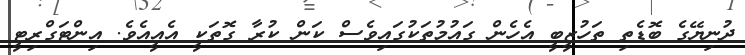
ދުނިޔޭގެ ބޮޑެތި ތަހުޒީބީ އެހެން ގައުމުތަކުގައިވެސް ކަން ކުރާ ގޮތަކީ އެއީއެވެ. އިންޓަގްރިޓީ